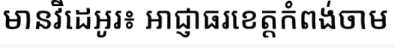
មានវីដេអូរ៖ អាជ្ញាធរខេត្តកំពង់ចាម